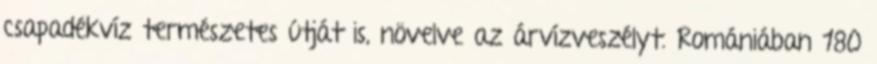
csapadékvíz természetes útját is, növelve az árvízveszélyt. Romániában 180